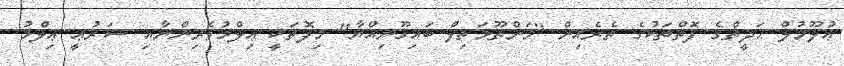
ޢުލޫމުލް ޙަދީޘްގެ ފޮތްތަކުގެ ތެރެއިން "މަންޡޫމަތިލް ބައިޤޫނިއްޔާ" މިފޮތަކީ ޢިލްމުވެރިންނާއި ޝަރުޢީ ޢިލްމު